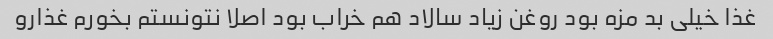
غذا خیلی بد مزه بود روغن زیاد سالاد هم خراب بود اصلا نتونستم بخورم غذارو